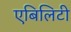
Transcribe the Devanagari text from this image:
एबिलिटी